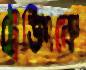
ট্রেডিংকে